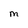
Character: M